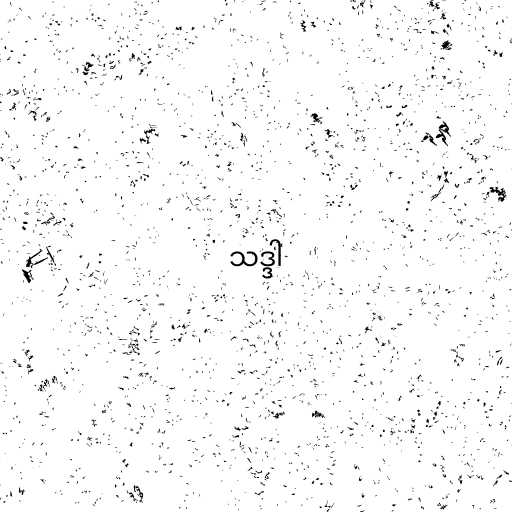
သဒ္ဒါ